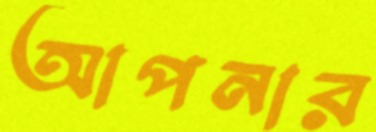
আপনার